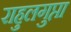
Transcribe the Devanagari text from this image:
राहुलगुप्ता